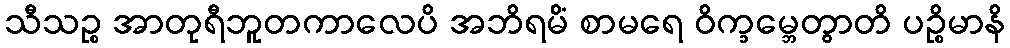
သီသဉ္စ အာတုရီဘူတကာလေပိ အဘိရမိံ စာမရေ ဝိက္ခမ္ဘေတွာတိ ပဉ္စိမာနိ